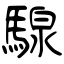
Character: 騡